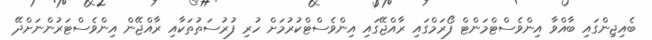
ބެއިޖިންގައި ބާއްވާ އިންވެސްޓްމަންޓް ފޯރަމްގައި ރާއްޖޭގައި އިންވެސްޓްކުުރުމަށް ހުރި ފުރުސަތުތަކާއި ރާއްޖޭން އިންވެސްޓަރުންނަށްދޭ